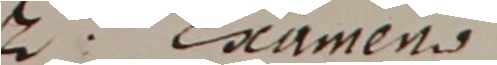
2. Examens